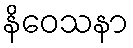
နိဝေသနာ